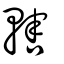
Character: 𤛉